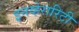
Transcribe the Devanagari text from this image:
इनव्हेरारिटी